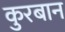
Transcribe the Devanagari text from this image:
कुरबान